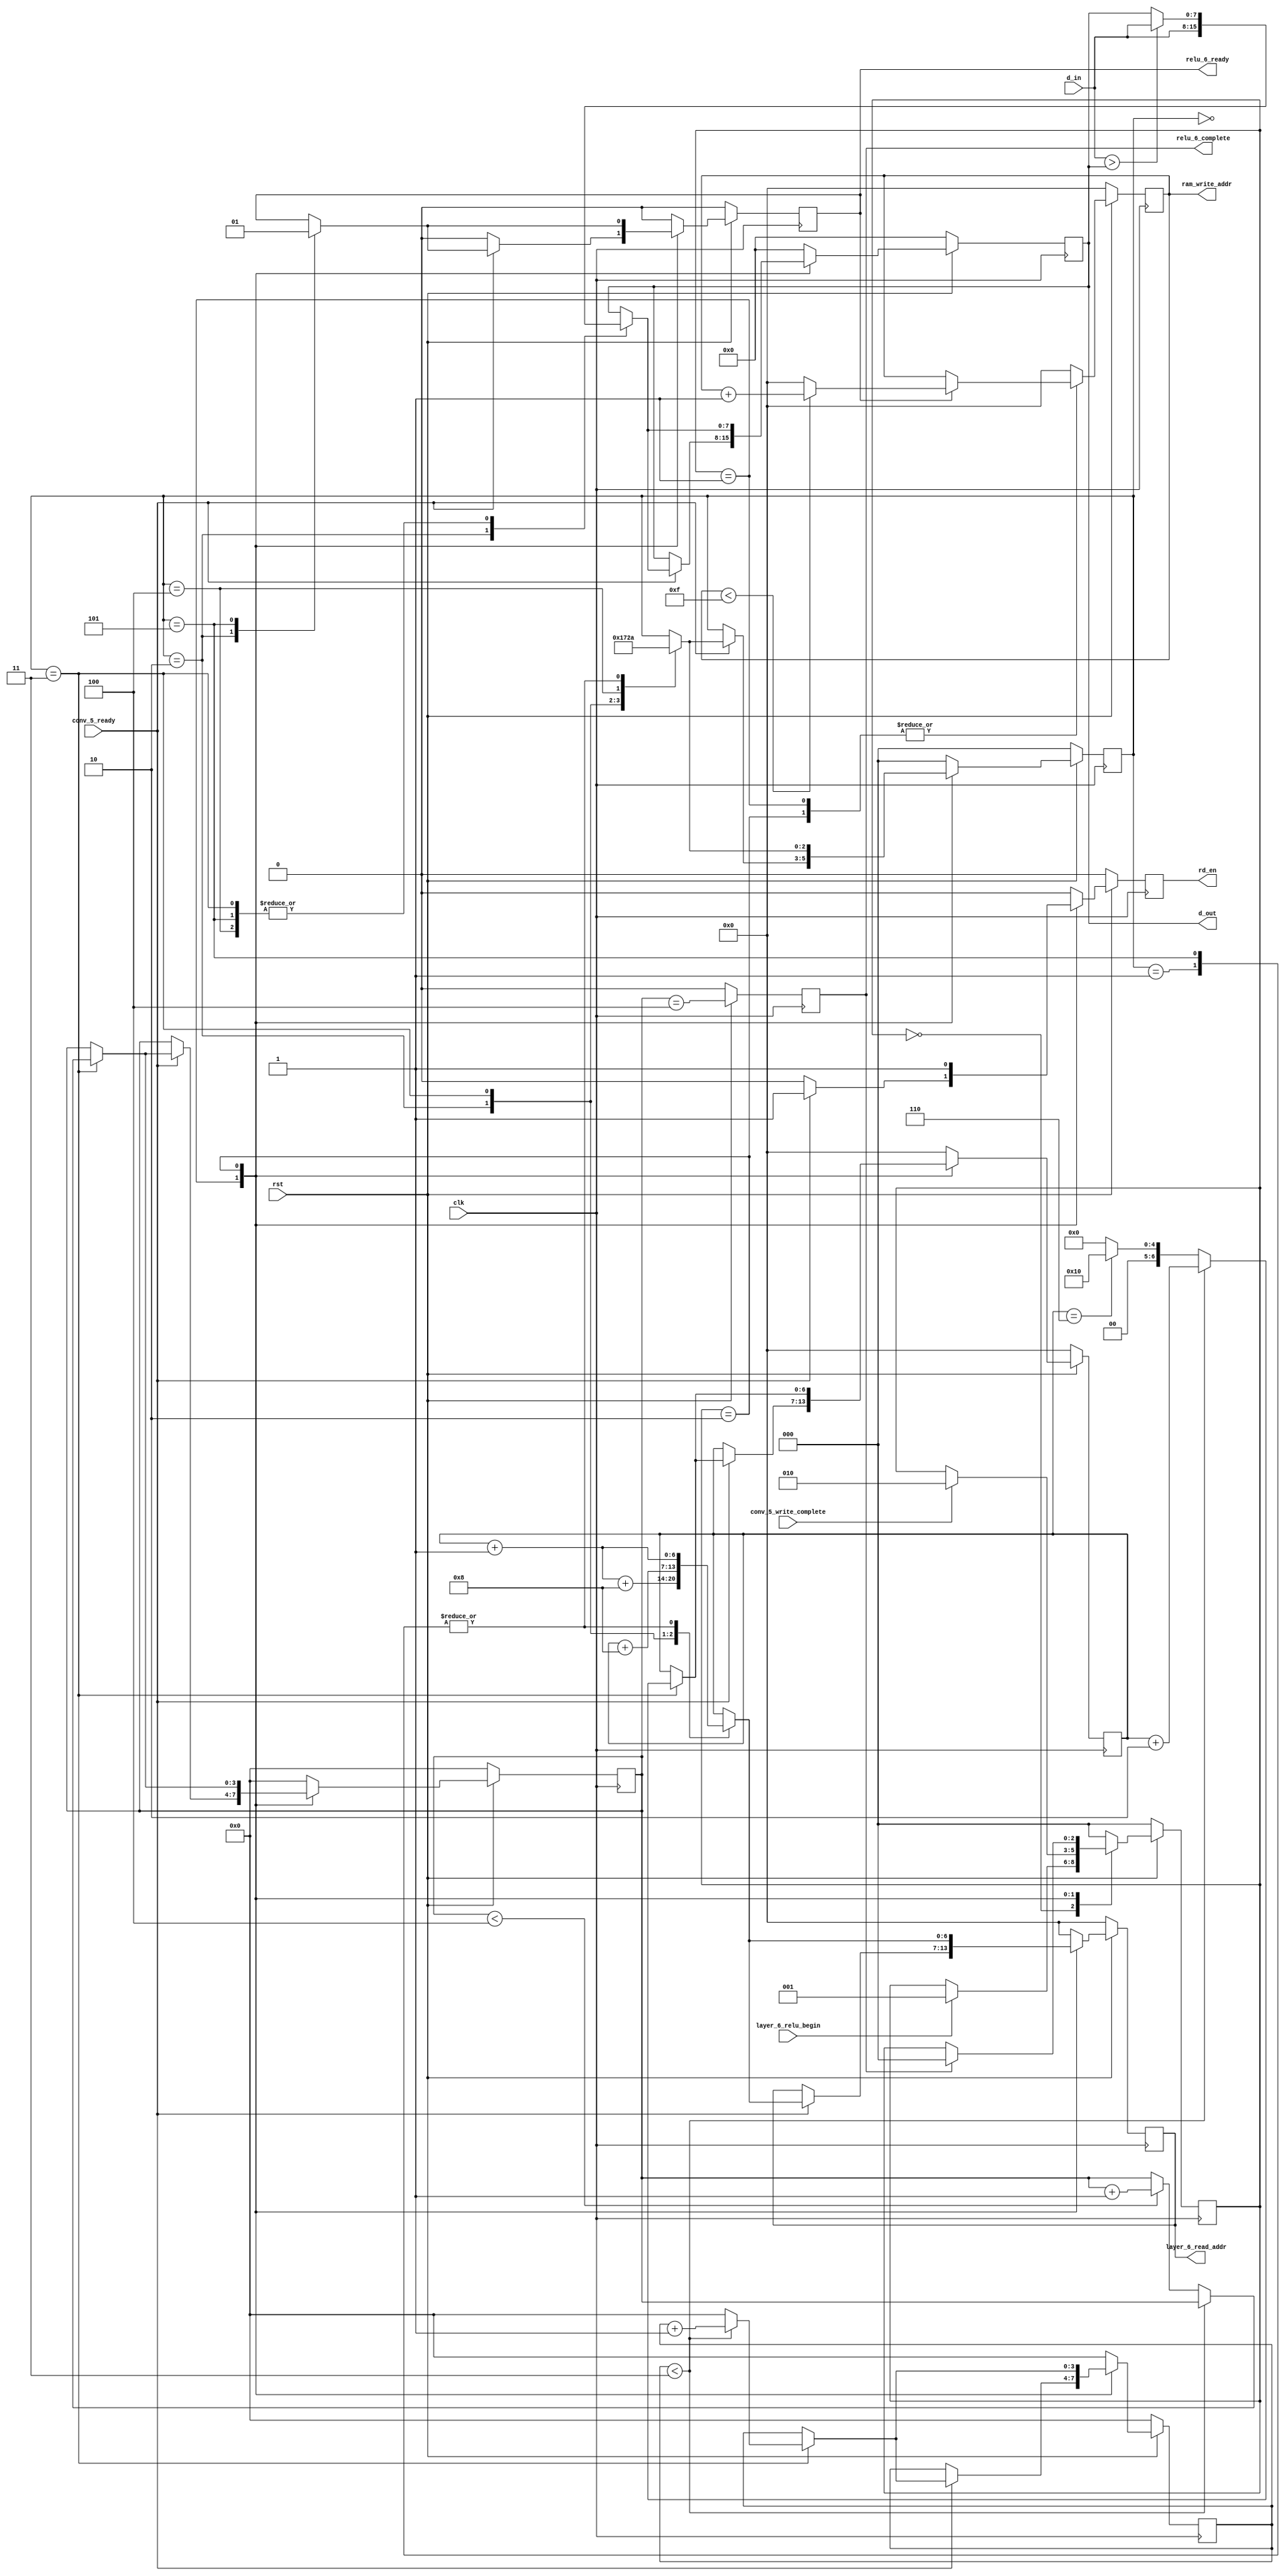
module Relu6(
    input clk,
    input rst,
    input layer_6_relu_begin,
    input [7:0] d_in,
    input conv_5_ready,
    input conv_5_write_complete,
    output reg [7:0] d_out,
    output reg rd_en = 1'b0,
    output reg [6:0] layer_6_read_addr = 7'd0,
    output reg [6:0] ram_write_addr = 7'd0,
    output reg relu_6_ready = 1'b0,
    output reg relu_6_complete = 1'b0
);

    // 
    parameter
        VACANT = 3'd0,
        WAIT_CONV5 = 3'd1,
        GO_ON = 3'd2;
    reg [2:0] state = 3'd0;
    always @(posedge clk) begin
        if(!rst) begin
            state <= VACANT;
        end
        else begin
            case(state)
                VACANT: begin
                    if(layer_6_relu_begin) begin
                        state <= WAIT_CONV5;
                    end
                end
                WAIT_CONV5: begin
                    if(conv_5_write_complete) begin
                        state <= GO_ON;
                    end
                end
                GO_ON: begin
                    if(relu_6_complete) begin
                        state <= VACANT;
                    end
                end
                default: begin
                    state <= VACANT;
                end
            endcase
        end
    end

    // 
    always @(posedge clk) begin
        if(!rst) begin
            rd_en <= 1'b0;
        end
        else begin
            case(state)
                VACANT: begin
                    rd_en <= 1'b0;
                end
                WAIT_CONV5: begin
                    if(conv_5_ready) begin
                        rd_en <= 1'b1;
                    end
                    else begin
                        rd_en <= 1'b0;
                    end
                end
                GO_ON: begin
                    rd_en <= 1'b1;
                end
                default: begin
                    rd_en <= 1'b0;
                end
            endcase
        end
    end

    // 
    // POOL_STARTPOOL_ZEROaddrd_out
    parameter pool_stride = 2'd2;
    parameter  input_raw = 6'd8;
    parameter 
        POOL_START = 3'd0,
        POOL_ZERO = 3'd1,
        POOL_ONE = 3'd2,
        POOL_TWO = 3'd3,
        POOL_THREE = 3'd4,
        POOL_FOUR = 3'd5;
    // 
    parameter pool_size = 3'd4;
    reg [2:0] pool_count = POOL_START;
    // 
    reg [6:0] head_addr = 7'd0;
    parameter input_raw_div = 4'd4;
    // 
    reg [3:0] head_addr_jump_count = 4'd0;
    parameter input_line_div = 4'd4;
    // 
    reg [3:0] line_count = 4'd0;
    always @(posedge clk) begin
        if(!rst) begin
            layer_6_read_addr <= 7'd0;
            d_out <= 8'd0;
            pool_count <= POOL_START;
            head_addr <= 7'd0;
            head_addr_jump_count <= 4'd0;
            relu_6_ready <= 1'b0;
            line_count <= 4'd0;
        end
        else begin
            case(state)
                VACANT: begin
                    layer_6_read_addr <= 7'd0;
                    d_out <= 8'd0;
                    pool_count <= POOL_START;
                    head_addr <= 7'd0;
                    head_addr_jump_count <= 4'd0;
                    relu_6_ready <= 1'b0;
                    line_count <= 4'd0;
                end
                WAIT_CONV5: begin
                    if(conv_5_ready) begin
                        // ram
                        case(pool_count)
                            POOL_START: begin
                                layer_6_read_addr <= head_addr;
                                pool_count <= POOL_ZERO;
                            end
                            POOL_ZERO: begin
                                layer_6_read_addr <= head_addr + 7'd1;
                                pool_count <= POOL_ONE;
                            end
                            POOL_ONE: begin
                                layer_6_read_addr <= head_addr + 7'd1 + input_raw;
                                d_out <= d_in;
                                relu_6_ready <= 1'b0;
                                pool_count <= POOL_TWO;
                            end
                            POOL_TWO: begin
                                layer_6_read_addr <= head_addr + input_raw;
                                if(d_in > d_out) begin
                                    d_out <= d_in;
                                end
                                head_addr_jump_count <= head_addr_jump_count < input_raw_div - 1? head_addr_jump_count + 4'd1:4'd0;
                                if(head_addr_jump_count < input_raw_div - 1) begin
                                    head_addr <= head_addr + pool_stride;
                                end
                                else begin
                                    head_addr <= head_addr == input_raw - pool_stride? (input_raw << 1):0;
                                    if(line_count < input_line_div) begin
                                        line_count <= line_count + 4'd1;
                                    end
                                end
                                pool_count <= POOL_THREE;
                            end
                            POOL_THREE: begin
                                layer_6_read_addr <= head_addr;
                                if(d_in > d_out) begin
                                    d_out <= d_in;
                                end
                                pool_count <= POOL_FOUR;
                            end
                            POOL_FOUR: begin
                                layer_6_read_addr <= head_addr + 7'd1;                                
                                if(d_in > d_out) begin
                                    d_out <= d_in;
                                end
                                relu_6_ready <= 1'b1;
                                pool_count <= POOL_ONE;
                            end
                            default: begin
                                layer_6_read_addr <= head_addr;
                            end
                        endcase
                    end
                    else begin
                        relu_6_ready <= 1'b0;
                    end
                end
                GO_ON: begin
                    // ram
                    case(pool_count)
                            POOL_START: begin
                                layer_6_read_addr <= head_addr;
                                pool_count <= POOL_ZERO;
                            end
                            POOL_ZERO: begin
                                layer_6_read_addr <= head_addr + 7'd1;
                                pool_count <= POOL_ONE;
                            end
                            POOL_ONE: begin
                                layer_6_read_addr <= head_addr + 7'd1 + input_raw;
                                d_out <= d_in;
                                relu_6_ready <= 1'b0;
                                pool_count <= POOL_TWO;
                            end
                            POOL_TWO: begin
                                layer_6_read_addr <= head_addr + input_raw;
                                if(d_in > d_out) begin
                                    d_out <= d_in;
                                end
                                head_addr_jump_count <= head_addr_jump_count < input_raw_div - 1? head_addr_jump_count + 4'd1:4'd0;
                                if(head_addr_jump_count < input_raw_div - 1) begin
                                    head_addr <= head_addr + pool_stride;
                                end
                                else begin
                                    head_addr <= head_addr == input_raw - pool_stride? (input_raw << 1):0;
                                    if(line_count < input_line_div) begin
                                        line_count <= line_count + 4'd1;
                                    end
                                end
                                pool_count <= POOL_THREE;
                            end
                            POOL_THREE: begin
                                layer_6_read_addr <= head_addr;
                                if(d_in > d_out) begin
                                    d_out <= d_in;
                                end
                                pool_count <= POOL_FOUR;
                            end
                            POOL_FOUR: begin
                                layer_6_read_addr <= head_addr + 7'd1;                                
                                if(d_in > d_out) begin
                                    d_out <= d_in;
                                end
                                relu_6_ready <= 1'b1;
                                pool_count <= POOL_ONE;
                            end
                            default: begin
                                layer_6_read_addr <= head_addr;
                            end
                        endcase
                end
                default: begin
                    layer_6_read_addr <= 7'd0;
                    d_out <= 8'd0;
                    pool_count <= POOL_START;
                    head_addr <= 7'd0;
                    head_addr_jump_count <= 4'd0;
                    relu_6_ready <= 1'b0;
                    line_count <= 4'd0;
                end
            endcase
        end
    end

    // 
    wire relu_6_complete_ = line_count == input_line_div;

    always @(posedge clk) begin
        if(!rst) begin
            relu_6_complete <= 1'b0;
        end
        else begin
            relu_6_complete <= relu_6_complete_;
        end
    end

    // 4x4=16
    parameter ram_size = 7'd16;
    always @(posedge clk) begin
        if(!rst) begin
            ram_write_addr <= 7'd0;
        end
        else begin
            case(state)
                WAIT_CONV5: begin
                    if(relu_6_ready) begin
                        if(ram_write_addr < ram_size - 1) begin
                            ram_write_addr <= ram_write_addr + 7'd1;
                        end
                        else begin
                            ram_write_addr <= 7'd0;
                        end
                    end
                end
                GO_ON: begin
                    if(relu_6_ready) begin
                        if(ram_write_addr < ram_size - 1) begin
                            ram_write_addr <= ram_write_addr + 7'd1;
                        end
                        else begin
                            ram_write_addr <= 7'd0;
                        end
                    end
                end
                default: begin
                    ram_write_addr <= 7'd0;
                end
            endcase
        end
    end

endmodule